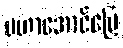
မဟာအောင်မြေ